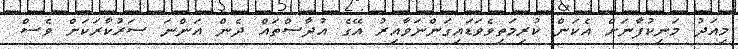
މިއަދު މަނިކުފާނަށް އެކަން ކުރިމަތިވެވަޑައިގަންނަވާއިރު އޭގެ އުދާސްތައް ދެން އަންނަ ސަރުކާރަކަށް ވެސް